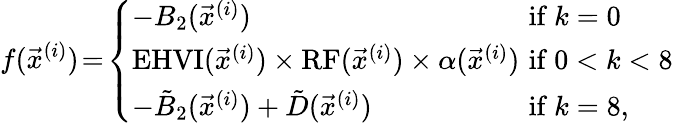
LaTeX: f(\vec{x}^{(i)})\! =\! \left\{ \begin{array}{ll}{-B_{2}(\vec{x}^{(i)})}&{\mathrm{if~}k=0}\\ {\mathrm{EHVI}(\vec{x}^{(i)})\times\mathrm{RF}(\vec{x}^{(i)})\times\alpha(\vec{x}^{(i)})\! \! \! \! }&{\mathrm{if~}0<k<8}\\ {-\tilde{B}_{2}(\vec{x}^{(i)})+\tilde{D}(\vec{x}^{(i)})}&{\mathrm{if~}k=8,}\end{array}\right.